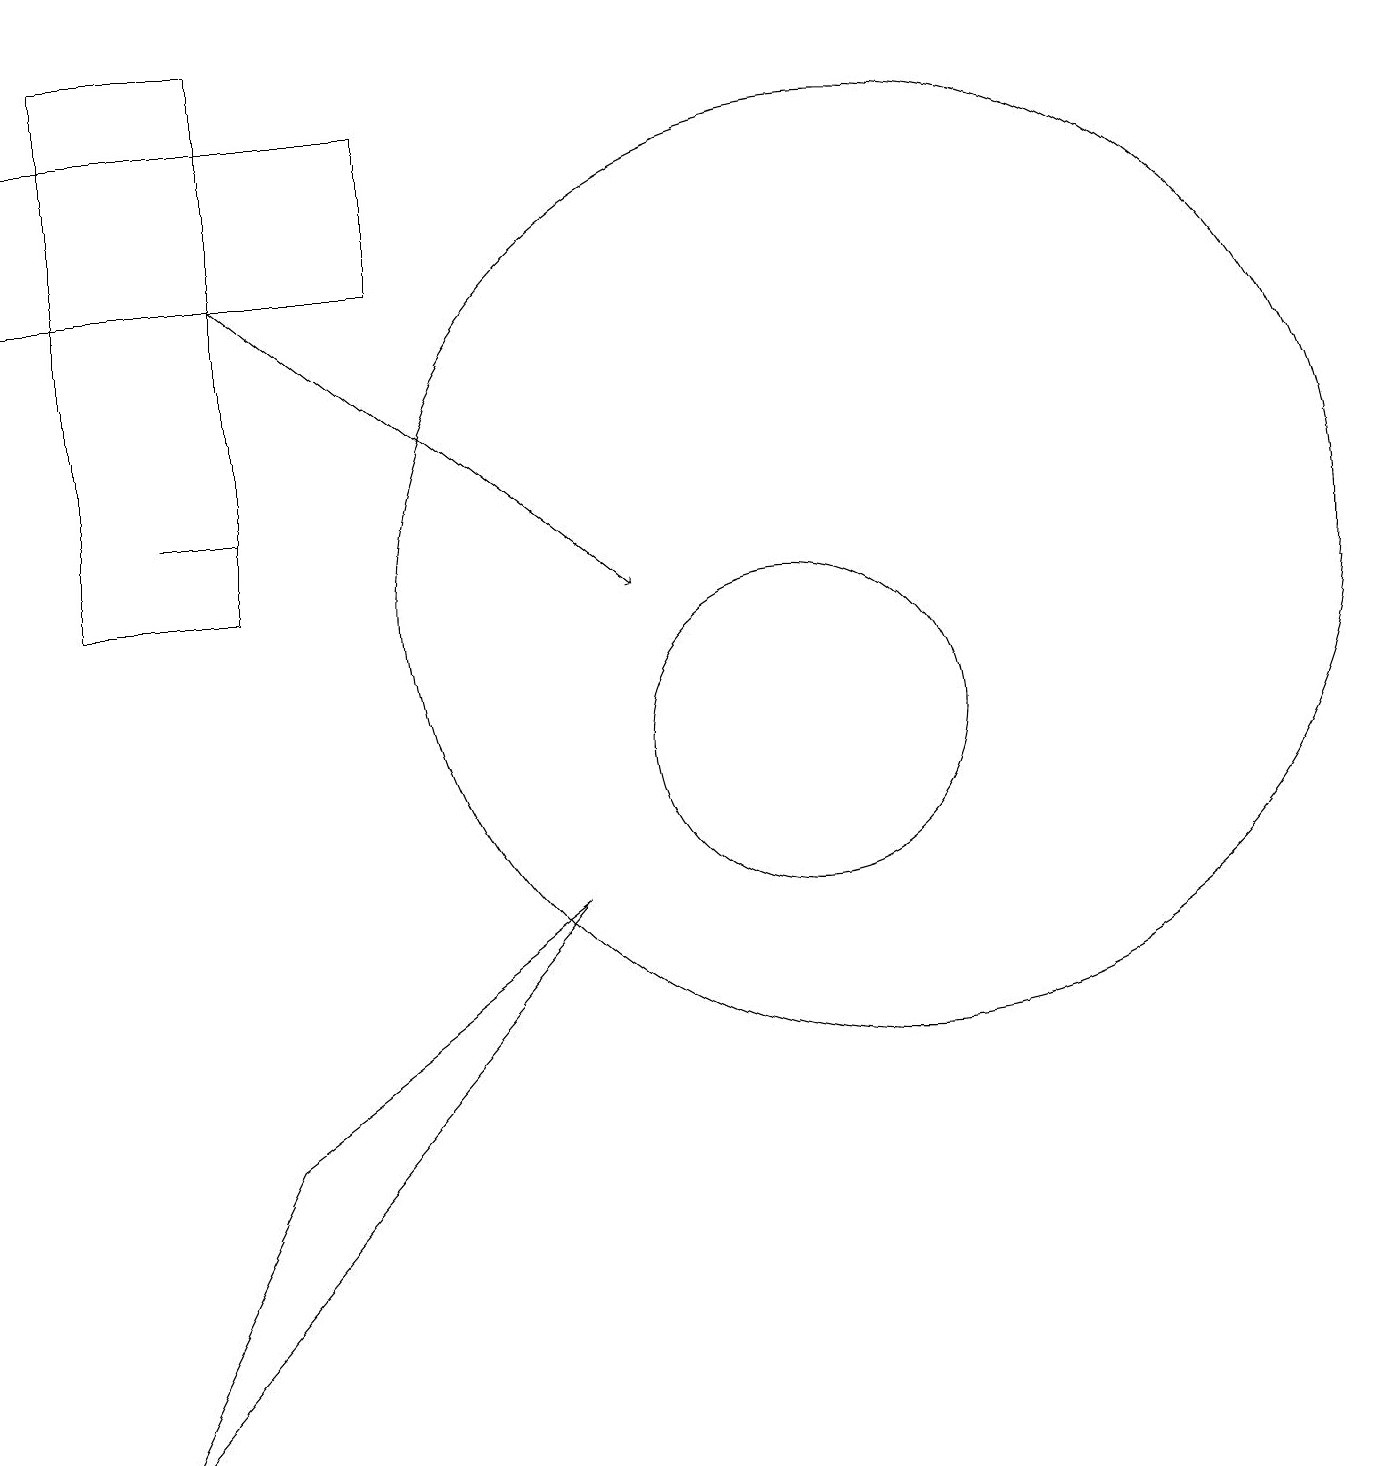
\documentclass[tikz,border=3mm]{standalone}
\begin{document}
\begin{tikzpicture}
\draw[->] (3,16) -- (8,12);
\draw (10,12) circle (0);
\draw (3,5) -- (7,8) -- (1,1) -- cycle;
\draw (2,13) rectangle (3,13);
\draw (3,12) rectangle (1,19);
\draw (11,12) circle (6);
\draw (0,16) rectangle (5,18);
\draw (10,10) circle (2);
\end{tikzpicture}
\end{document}